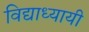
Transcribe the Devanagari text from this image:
विद्याध्यायी